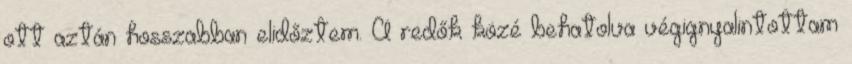
ott aztán hosszabban elidőztem. A redők közé behatolva végignyalintottam